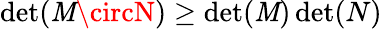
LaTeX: \operatorname*{det}(\mathit{M}\circN)\geq\operatorname*{det}(\mathit{M})\operatorname*{det}(N)